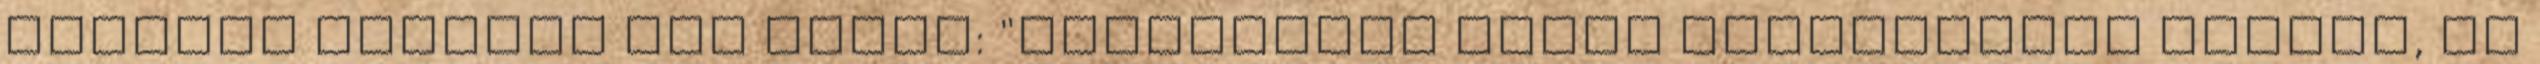
eredeti szabály így szólt: "Elsősorban saját alkotásokat várunk, de